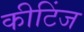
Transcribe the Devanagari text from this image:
कीटिंज